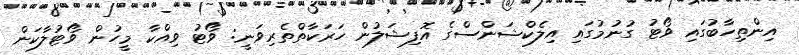
އިންތިހާބުގައި ވޯޓު ގުނުމުގައި އިލެކްޝަންސްގެ އޮފިޝަލުން ހަރަކާތްތެރިވަނީ: ވޯޓު ވިއްކާ މީހުން ވޯޓުލާކަން